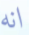
انه